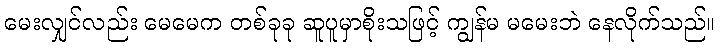
မေးလျှင်လည်း မေမေက တစ်ခုခု ဆူပူမှာစိုးသဖြင့် ကျွန်မ မမေးဘဲ နေလိုက်သည်။